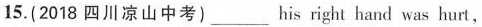
15.(2018 四川凉山中考)___his right hand was hurt,